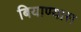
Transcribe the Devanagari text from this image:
बियाण्यास